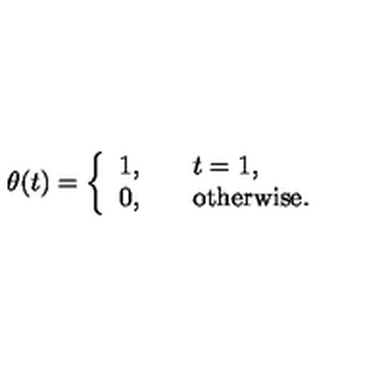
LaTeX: \theta ( t ) = \left\{ \begin{array} { l l } { 1 , \quad } & { t = 1 , } \\ { 0 , \quad } & { \mathrm { o t h e r w i s e } . } \\ \end{array} \right.